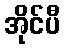
အိုင်ပီ